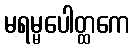
မရမ္မပေါတ္ထကေ